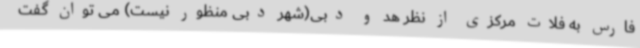
فارس به فلات مرکزی از نظر هد و دبی(شهر دبی منظور نیست) می توان گفت